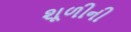
શૂળીની